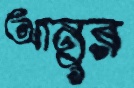
আনুর